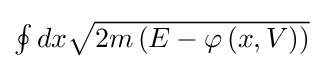
{\textstyle \oint dx{\sqrt {2m\left(E-\varphi \left(x,V\right)\right)}}}